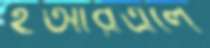
ইআরএলে